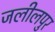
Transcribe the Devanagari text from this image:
जलीलपुर